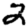
Digit: 2